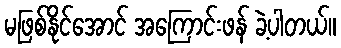
မဖြစ်နိုင်အောင် အကြောင်းဖန် ခဲ့ပါတယ်။